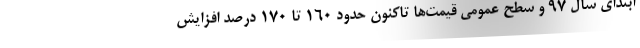
ابتدای سال ۹۷ و سطح عمومی قیمت‌ها تاکنون حدود ۱۶۰ تا ۱۷۰ درصد افزایش